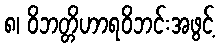
၈၊ ဝိဘတ္တိဟာရဝိဘင်းအဖွင့်